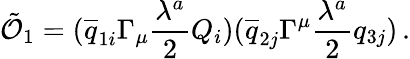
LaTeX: \tilde{{\cal O}}_{1}=(\overline{{{q}}}_{1i}\Gamma_{\mu}\frac{\lambda^{a}}{2}Q_{i})(\overline{{{q}}}_{2j}\Gamma^{\mu}\frac{\lambda^{a}}{2}q_{3j})\, .